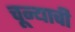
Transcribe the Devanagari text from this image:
चून्याची